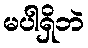
မပါရှိဘဲ